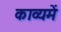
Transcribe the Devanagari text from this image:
काव्यमें